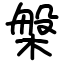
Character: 槃